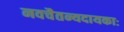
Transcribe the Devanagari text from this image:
नवचैतन्यदायकाः